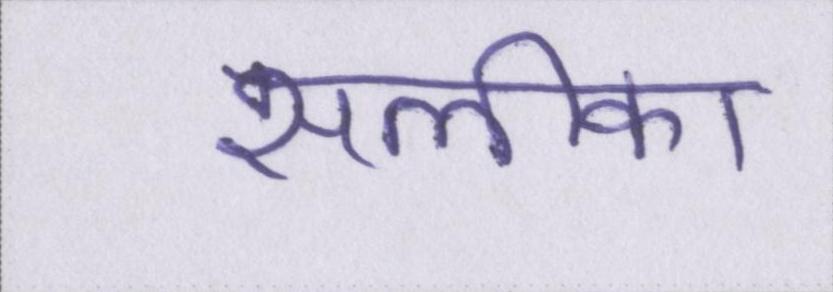
सलीका